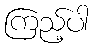
ကြည့်ပါ